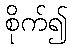
စိုက်၍